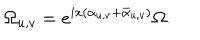
LaTeX: \Omega _ { u , v } = e ^ { i x ( \alpha _ { u , v } + \bar { \alpha } _ { u , v } ) } \Omega .